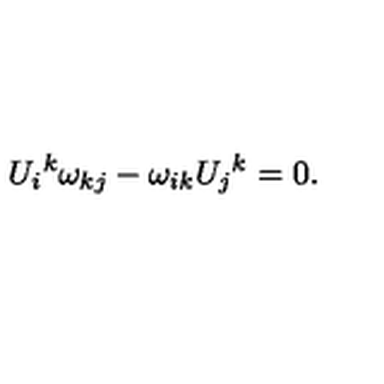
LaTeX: U _ { i } { } ^ { k } \omega _ { k j } - \omega _ { i k } U _ { j } { } ^ { k } = 0 .